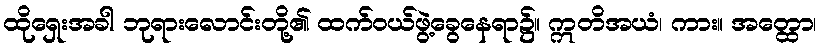
ထိုရှေးအခါ ဘုရားလောင်းတို့၏ ထက်ဝယ်ဖွဲ့ခွေနေရာ၌။ ဣတိအယံ၊ ကား။ အတ္ထော၊